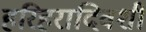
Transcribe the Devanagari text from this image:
हरिहरादिवशी